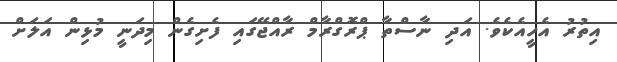
އިތުރު އެހީއެކެވެ. އަދި ނާސްތާ ޕްރޮގްރާމް ރާއްޖޭގައި ފެށިގެން މިދަނީ މުޅިން އަލަށް